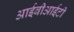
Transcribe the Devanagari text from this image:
आईबीआईटी